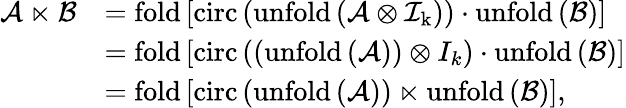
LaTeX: \begin{array}{rl}{\mathcal{A}\ltimes\mathcal{B}}&{=\mathrm{fold}\left[\mathrm{circ}\left(\mathrm{unfold\left(\mathcal{A}\otimes\mathcal{I}_{k}\right)}\right)\cdot\mathrm{unfold}\left(\mathcal{B}\right)\right]}\\ &{=\mathrm{fold}\left[\mathrm{circ}\left(\left(\mathrm{unfold}\left(\mathcal{A}\right)\right)\otimes{I}_{k}\right)\cdot\mathrm{unfold}\left(\mathcal{B}\right)\right]}\\ &{=\mathrm{fold}\left[\mathrm{circ}\left(\mathrm{unfold\left(\mathcal{A}\right)}\right)\ltimes\mathrm{unfold}\left(\mathcal{B}\right)\right],}\end{array}